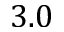
3 . 0